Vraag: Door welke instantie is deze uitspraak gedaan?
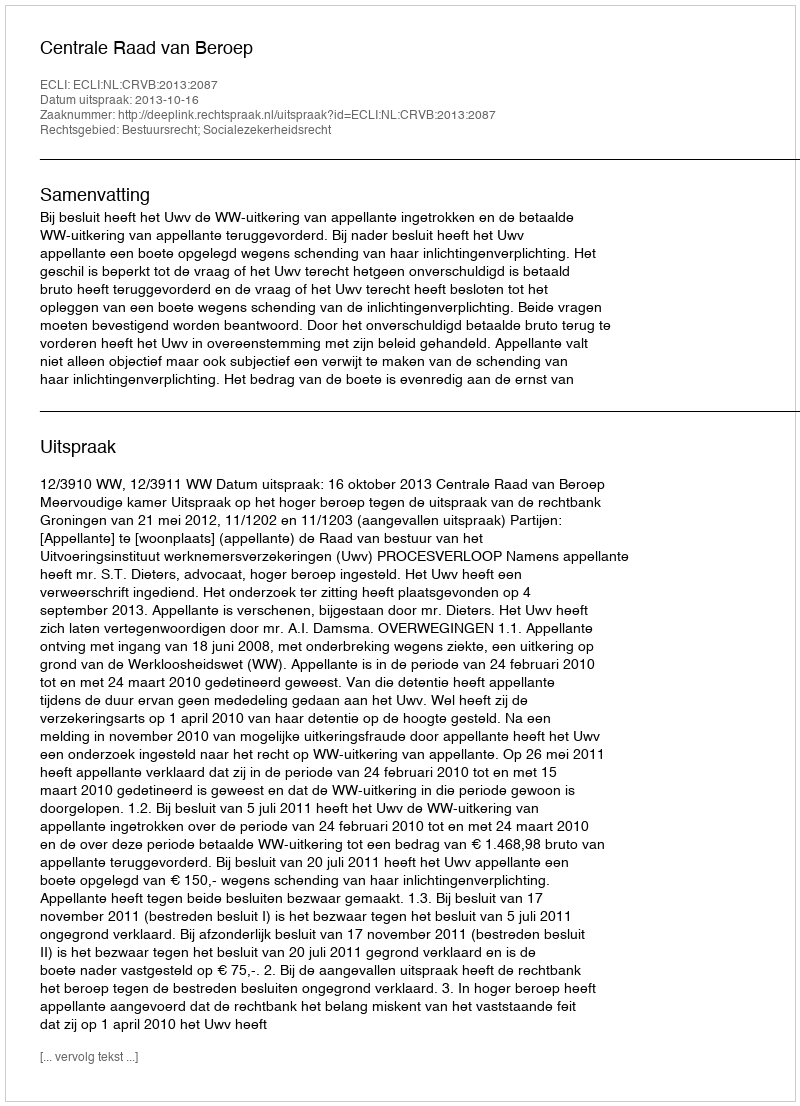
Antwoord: Centrale Raad van Beroep